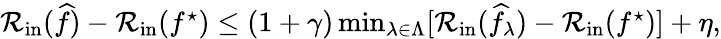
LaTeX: \begin{array}{r}{\mathcal{R}_{\mathrm{in}}(\widehat{f})-\mathcal{R}_{\mathrm{in}}(f^{\star})\leq(1+\gamma)\operatorname*{min}_{\lambda\in\Lambda}[\mathcal{R}_{\mathrm{in}}(\widehat{f}_{\lambda})-\mathcal{R}_{\mathrm{in}}(f^{\star})]+\eta,}\end{array}